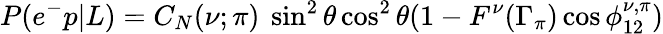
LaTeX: P(e^{-}p|L)=C_{N}(\nu;\pi)\ \sin^{2}\theta\cos^{2}\theta(1-F^{\nu}(\Gamma_{\pi})\cos\phi_{12}^{\nu,\pi})